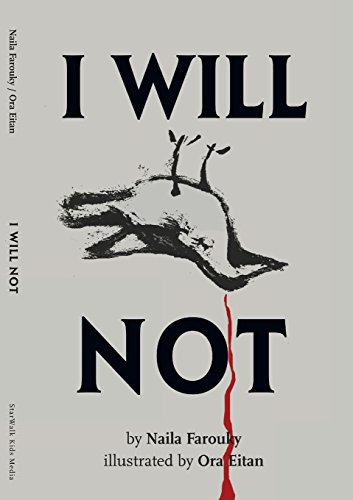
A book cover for I WILL NOT; Naila Farouky; Children's Books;